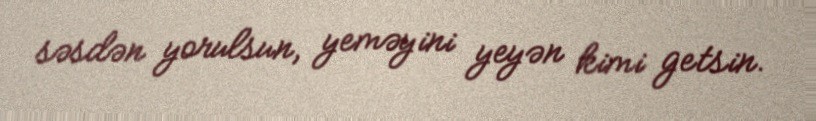
səsdən yorulsun, yeməyini yeyən kimi getsin.